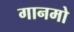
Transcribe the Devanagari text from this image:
गानमो